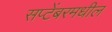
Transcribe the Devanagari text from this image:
सप्टेंबरमधील